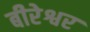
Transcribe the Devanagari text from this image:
बीरेश्वर